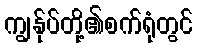
ကျွန်ုပ်တို့၏စက်ရုံတွင်